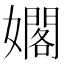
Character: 𪦫